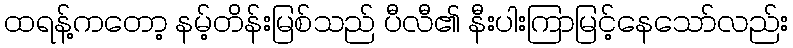
ထရန့်ကတော့ နမ့်တိန်းမြစ်သည် ပီလီ၏ နီးပါးကြာမြင့်နေသော်လည်း